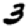
Digit: 3